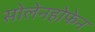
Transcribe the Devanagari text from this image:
सोलेनहोफेन